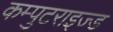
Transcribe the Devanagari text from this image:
कम्पुटराइज्ड